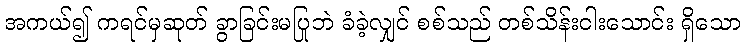
အကယ်၍ ကရင်မှဆုတ် ခွာခြင်းမပြုဘဲ ခံခဲ့လျှင် စစ်သည် တစ်သိန်းငါးသောင်း ရှိသော